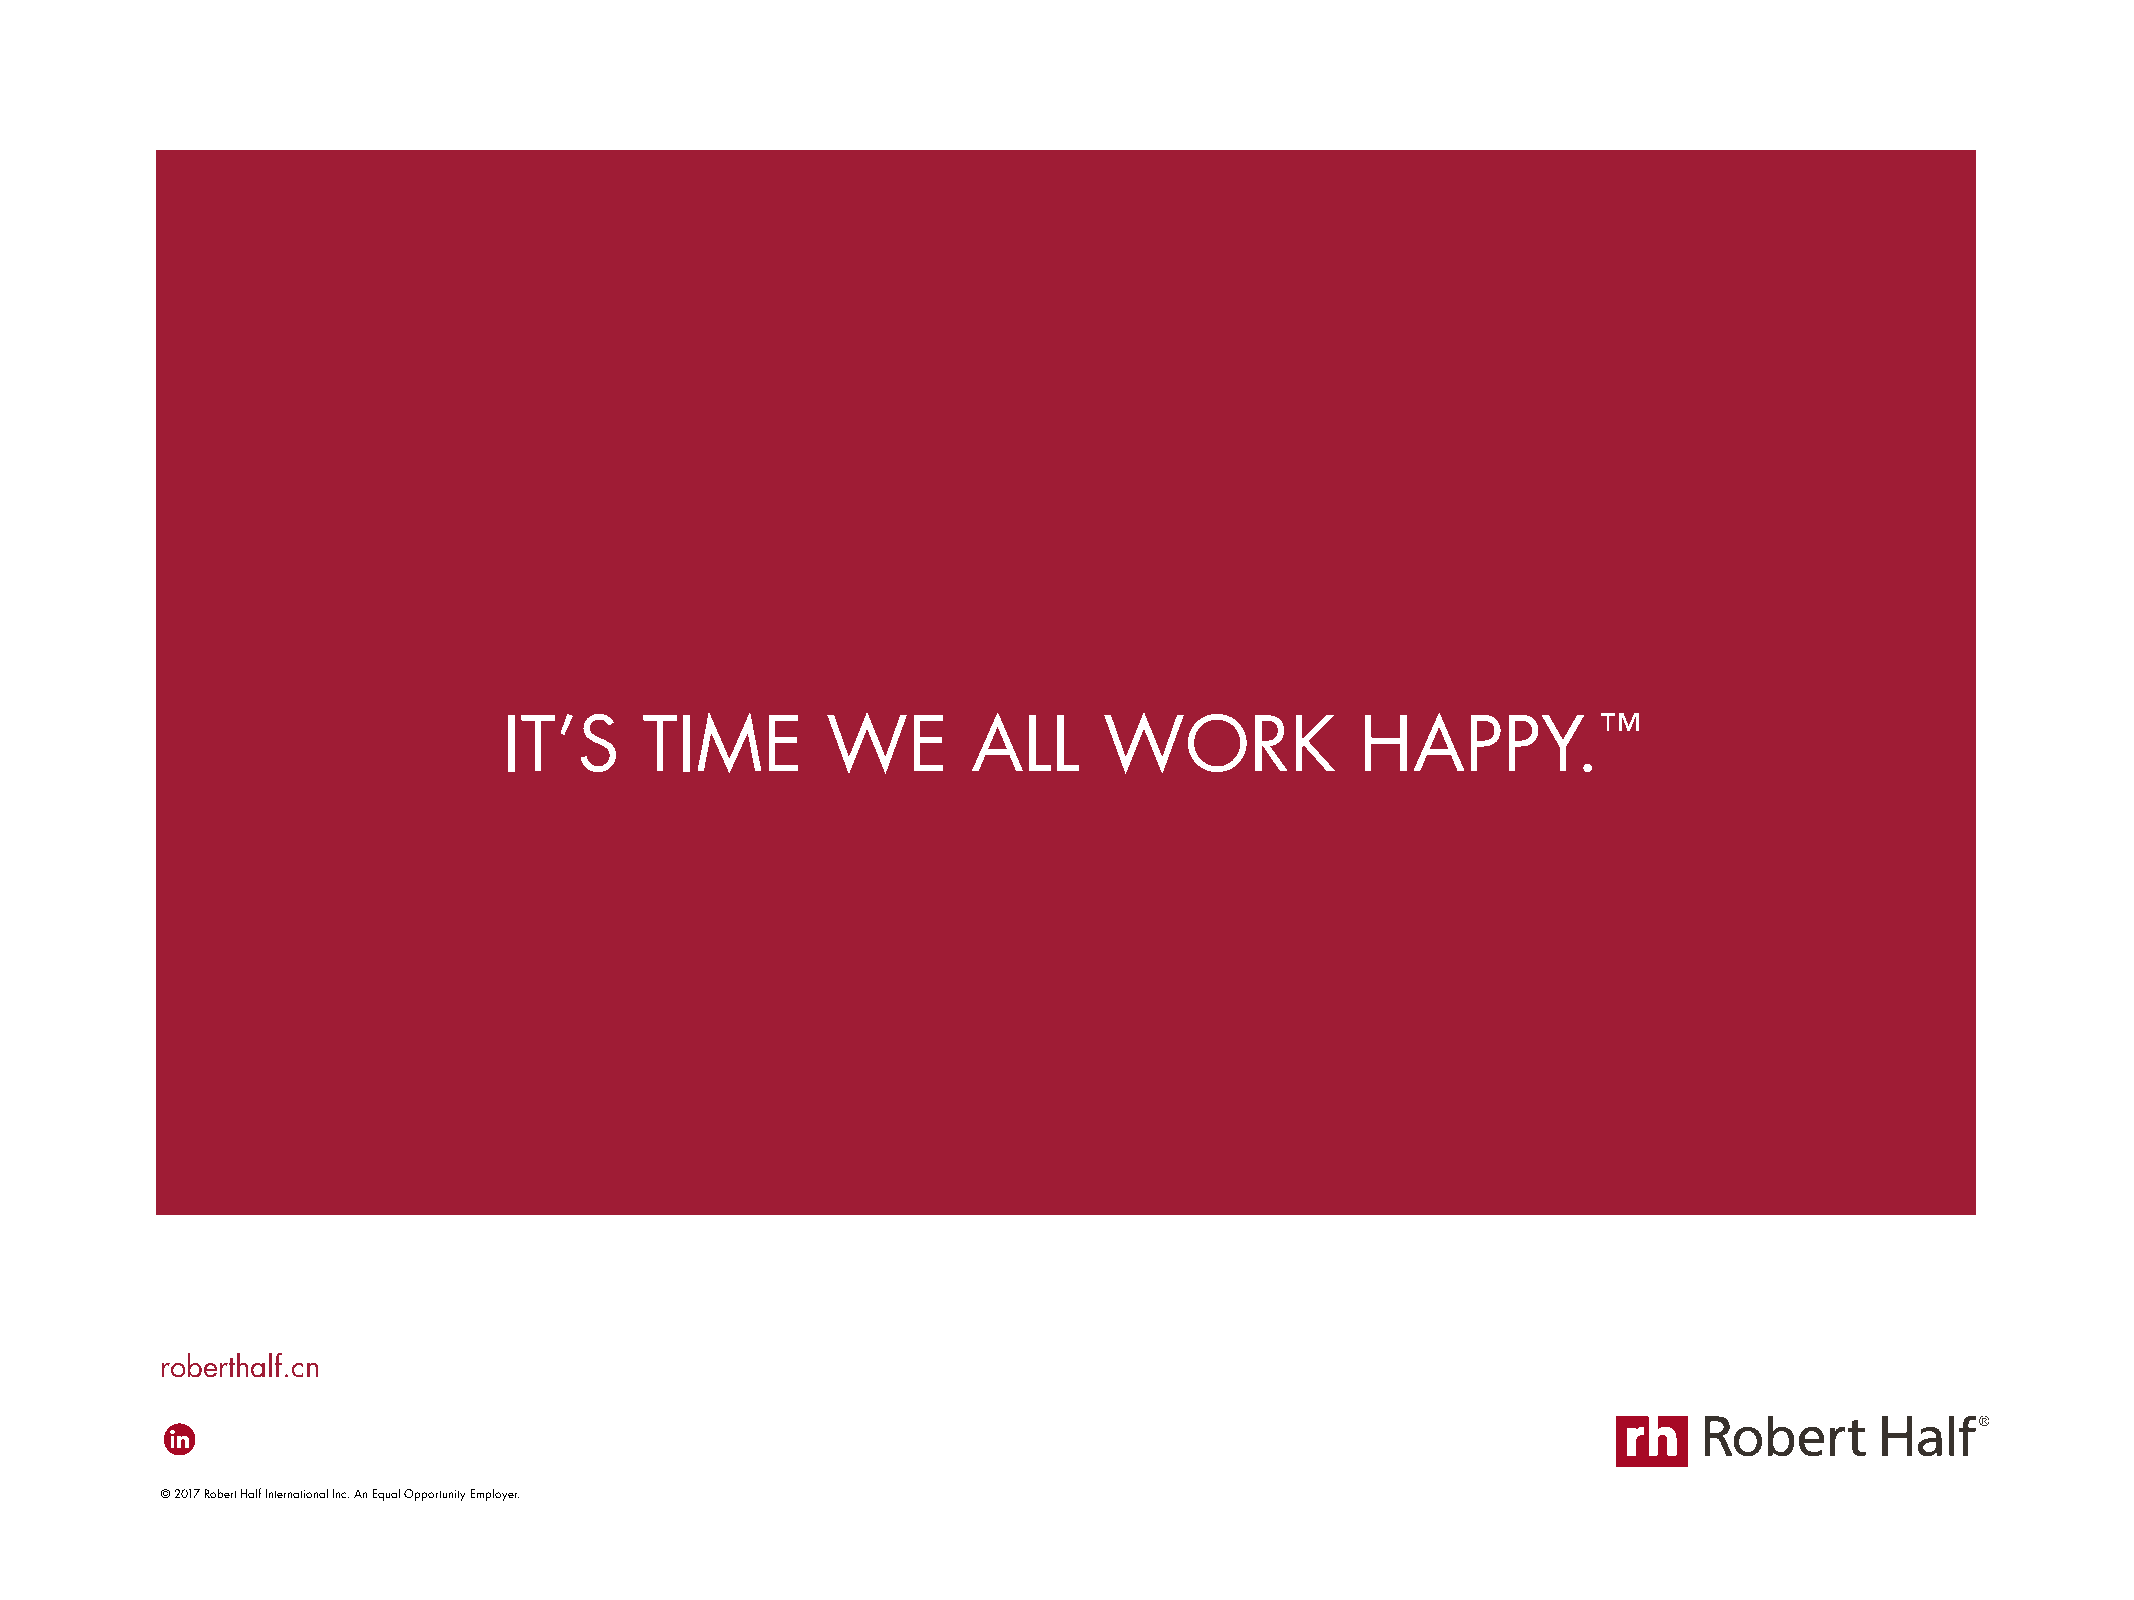
IT’S      TIME        WE       ALL      WORK             HAPPY.™
 roberthalf.cn
 © 2017 Robert Half International Inc. An Equal Opportunity Employer.